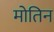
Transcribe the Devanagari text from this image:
मोतिन